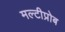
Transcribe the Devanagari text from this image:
मल्टीप्रोब